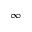
\infty